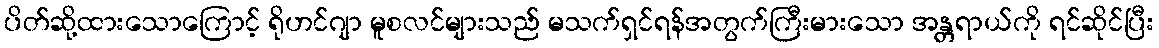
ပိတ်ဆို့ထားသောကြောင့် ရိုဟင်ဂျာ မူစလင်များသည် မသက်ရှင်ရန်အတွက်ကြီးမားသော အန္တရာယ်ကို ရင်ဆိုင်ပြီး